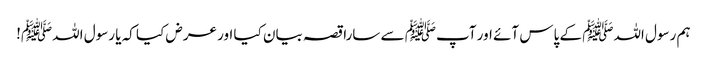
ہم رسول اللہﷺ کے پاس آئے اور آپﷺ سے سارا قصہ بیان کیا اور عرض کیا کہ یا رسول اللہﷺ!